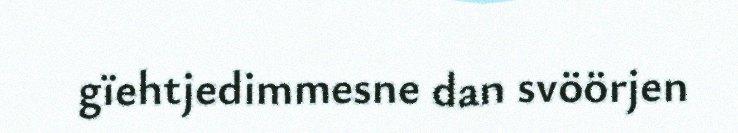
gïehtjedimmesne dan svöörjen